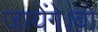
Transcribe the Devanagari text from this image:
जायेंगे।वो